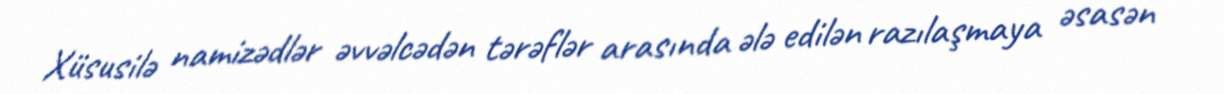
Xüsusilə namizədlər əvvəlcədən tərəflər arasında ələ edilən razılaşmaya əsasən